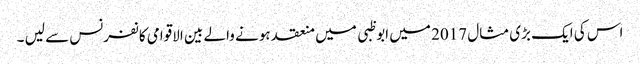
اس کی ایک بڑی مثال 2017 میں ابوظبی میں منعقد ہونے والے بین الاقوامی کانفرنس سے لیں ۔